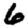
Digit: 6